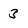
Character: 3